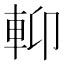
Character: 𨋕